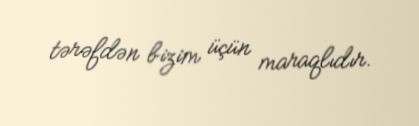
tərəfdən bizim üçün maraqlıdır.